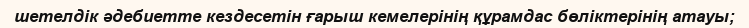
шетелдік әдебиетте кездесетін ғарыш кемелерінің құрамдас бөліктерінің атауы;